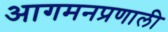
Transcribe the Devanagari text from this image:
आगमनप्रणाली